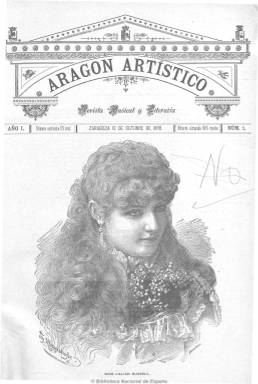
Título: Aragón artístico
Colección: Música
Ámbito geográfico: Zaragoza
Lugar de publicación: Zaragoza
Fechas: 10/10/1888-20/06/1890

Revista musical y literaria de periodicidad decenal, siendo su editor-propietario el impresor Félix Villagrasa. Da cuenta de la actividad de esta bella arte en la capital aragonesa, aunque después incluirá una sección titulada Crónicas madrileñas. Asimismo fomentará el movimiento artístico y publicará artículos sobre la historia, obras e instrumentos musicales e, incluso, un folletín musical. También dará cuenta de la actividad teatral y operística y editará piezas musicales clásicas, en una época en que la interpretación al piano era la única forma de escuchar música fuera de las salas de conciertos, dando al mismo tiempo al público local las obras de compositores desconocidos.

Entre sus colaboradores se encuentra el crítico y musicógrafo Ruperto Ruiz de Velasco (1858-1897), así como Agustín Peiró, José M. Alvira, R. Lucas Martínez, Daniel Pardo Gil, G. de Castro, D. Zabalza y J. Liso y Torres, entre otros.

De ocho páginas por número, incluye numerosos grabados, tanto de temas musicales como de otros relacionados con las bellas artes y el costumbrismo.